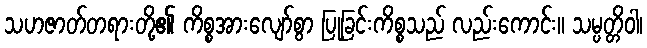
သဟဇာတ်တရားတို့၏ ကိစ္စအားလျော်စွာ ပြုခြင်းကိစ္စသည် လည်းကောင်း။ သမ္ပတ္တိဝါ၊